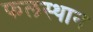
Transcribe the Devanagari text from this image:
फलस्थान